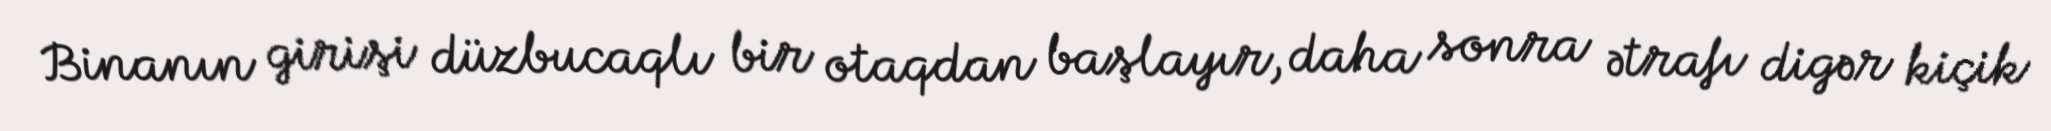
Binanın girişi düzbucaqlı bir otaqdan başlayır, daha sonra ətrafı digər kiçik